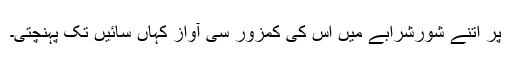
پر اتنے شورشرابے میں اس کی کمزور سی آواز کہاں سائیں تک پہنچتی۔